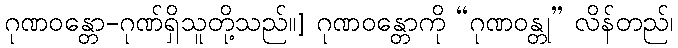
ဂုဏဝန္တော-ဂုဏ်ရှိသူတို့သည်။] ဂုဏဝန္တောကို “ဂုဏဝန္တု” လိန်တည်၊